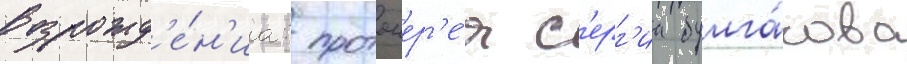
возрожд'е́н'иа: протоиер'е́я с'ерг'иа булга́кова